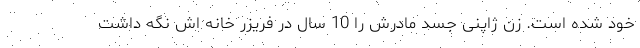
خود شده است. زن ژاپنی جسد مادرش را 10 سال در فریزر خانه اش نگه داشت